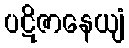
ပဋိဇာနေယျံ